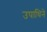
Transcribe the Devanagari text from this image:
उपाधिने